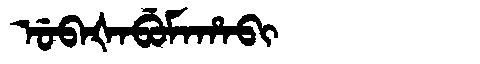
Manchu: ᡠᠪᠠᡧᠠᠪᡠᠮᠠᡥᠠᠪᡳ
Romanization: UBAŠABUMAHABI